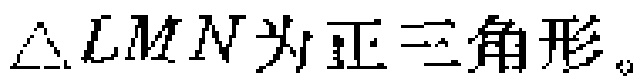
$\triangle LMN$为正三角形。